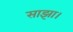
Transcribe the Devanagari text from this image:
साझा।